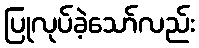
ပြုလုပ်ခဲ့သော်လည်း